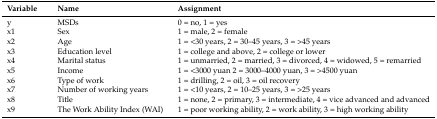
| Variable | Name | Assignment |
 | --- | --- | --- |
 | y | MSDs | 0 = no, 1 = yes |
 | x1 | Sex | 1 = male, 2 = female |
 | x2 | Age | 1 = <30 years, 2 = 30–45 years, 3 = >45 years |
 | x3 | Education level | 1 = college and above, 2 = college or lower |
 | x4 | Marital status | 1 = unmarried, 2 = married, 3 = divorced, 4 = widowed, 5 = remarried |
 | x5 | Income | 1 = <3000 yuan 2 = 3000–4000 yuan, 3 = >4500 yuan |
 | x6 | Type of work | 1 = drilling, 2 = oil, 3 = oil recovery |
 | x7 | Number of working years | 1 = <10 years, 2 = 10–25 years, 3 = >25 years |
 | x8 | Title | 1 = none, 2 = primary, 3 = intermediate, 4 = vice advanced and advanced |
 | x9 | The Work Ability Index (WAI) | 1 = poor working ability, 2 = work ability, 3 = high working ability |